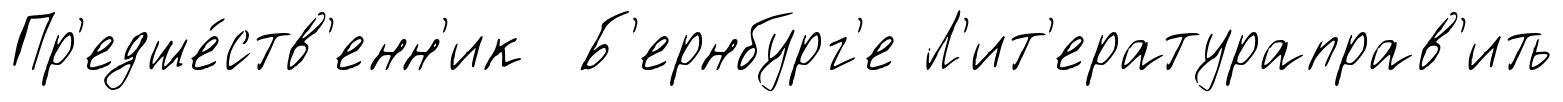
Пр'едше́ств'енн'ик Б'ернбург'е Л'ит'ератураправ'ить